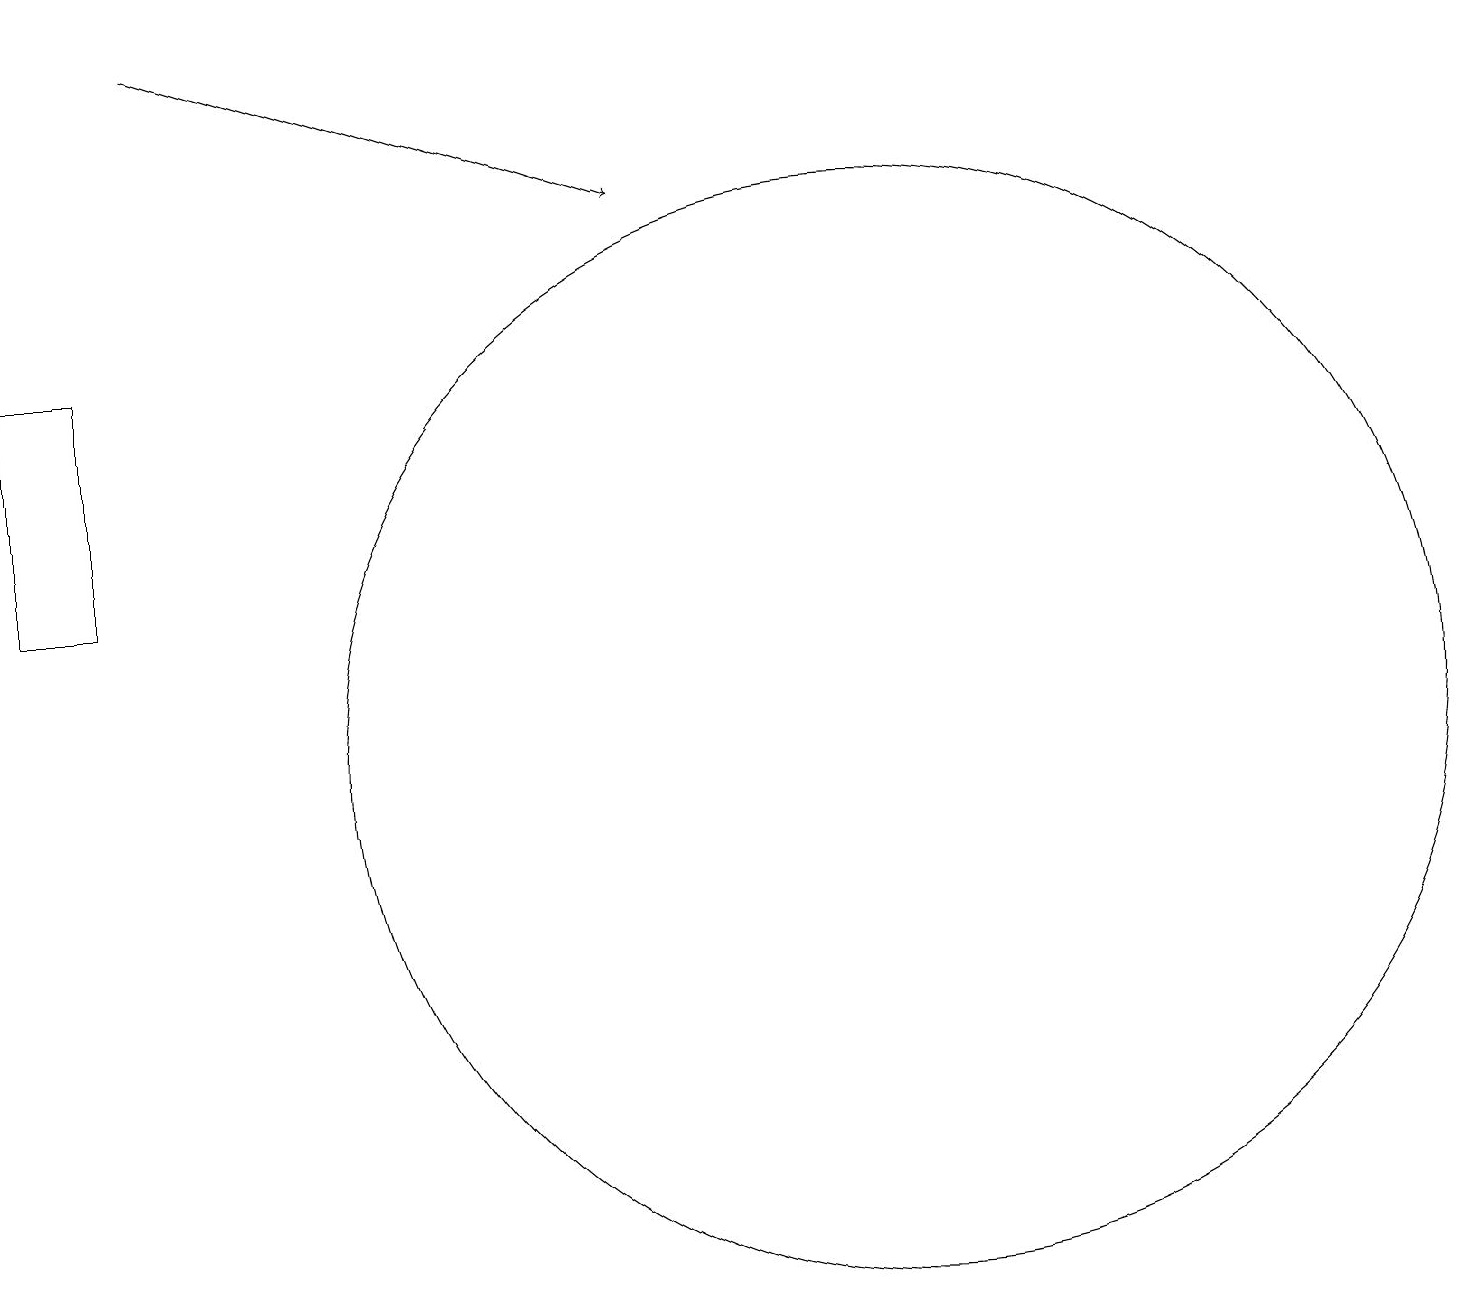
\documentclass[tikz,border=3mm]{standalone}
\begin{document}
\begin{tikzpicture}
\draw (11,10) circle (0);
\draw[->] (2,19) -- (8,17);
\draw (11,10) circle (7);
\draw (0,15) rectangle (1,12);
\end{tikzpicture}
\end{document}